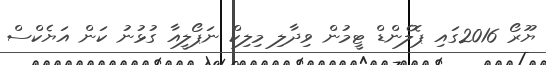
ޔޫރޯ 2016ގައި ޕޮލެންޑް ޓީމުން ވިދާލި މިލިކް ނަޕޯލީއާ ގުޅުނު ކަން އަޔެކްސް